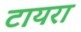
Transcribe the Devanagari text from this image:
टायरा